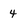
Character: 4